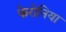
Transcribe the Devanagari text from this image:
फेरोनिया